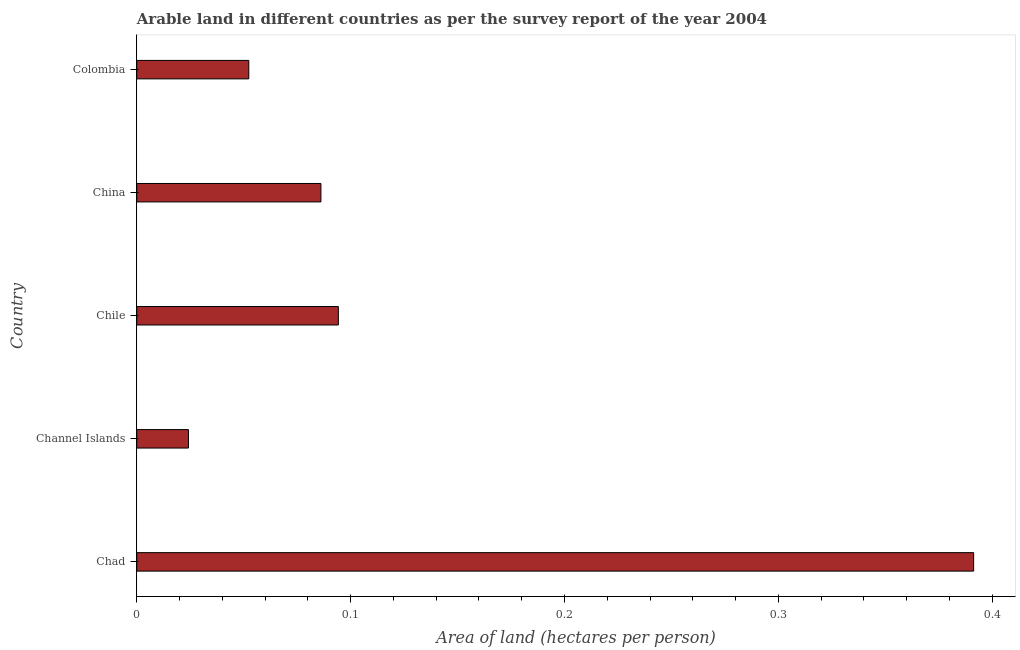
| Country | Arable land |
 | --- | --- |
 | Chad | 0.391 |
 | Channel Islands | 0.0242 |
 | Chile | 0.0943 |
 | China | 0.0861 |
 | Colombia | 0.0524 |